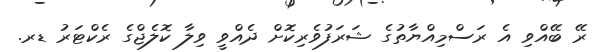
ރޭ ބޭއްވި އެ ރަސްމިއްޔާތުގެ ޝަރަފުވެރިކޮށް ދެއްވީ ވިލާ ކޮލެޖްގެ ރެކްޓަރު ޑރ.